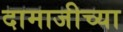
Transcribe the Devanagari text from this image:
दामाजीच्या